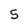
Character: 5